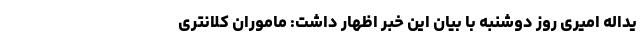
یداله امیری روز دوشنبه با بیان این خبر اظهار داشت: ماموران کلانتری